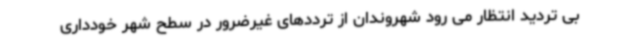
بی تردید انتظار می رود شهروندان از ترددهای غیرضرور در سطح شهر خودداری